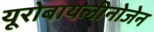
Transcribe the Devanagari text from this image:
यूरोबायलीनोजेन